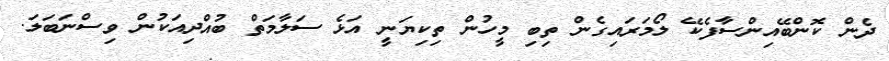
ދެން ކޮންބޭއިންސާފެކޭ ލޯމަރައިގެން ތިބި މީހުން ތިކިޔަނީ އަޅެ ސަލާމަތް ބުއްދިއަކުން ވިސްނަބަލަ.